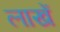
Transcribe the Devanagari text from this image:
लाखें